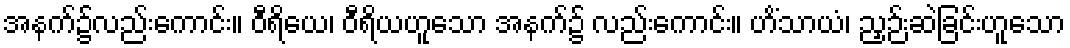
အနက်၌လည်းကောင်း။ ဝီရိယေ၊ ဝီရိယဟူသော အနက်၌ လည်းကောင်း။ ဟိံသာယံ၊ ညှဉ်းဆဲခြင်းဟူသော